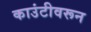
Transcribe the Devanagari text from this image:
काउंटीवरून